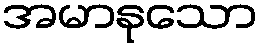
အမာနုသော